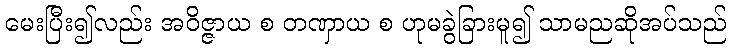
မေးပြီး၍လည်း အဝိဇ္ဇာယ စ တဏှာယ စ ဟုမခွဲခြားမူ၍ သာမညဆိုအပ်သည်